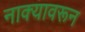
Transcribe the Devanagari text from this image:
नाक्यावरून